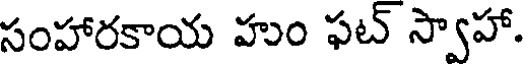
సంహారకాయ హుం ఫట్ స్వాహా.